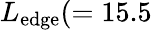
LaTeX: L_{\mathrm{edge}}(=15.5